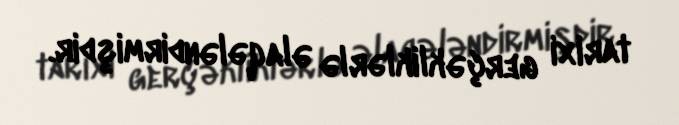
tarixi gerçəkliklərlə əlaqələndirmişdir.